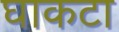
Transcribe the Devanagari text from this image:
घाकटा